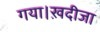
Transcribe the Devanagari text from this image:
गया।ख़दीजा